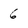
Character: 6